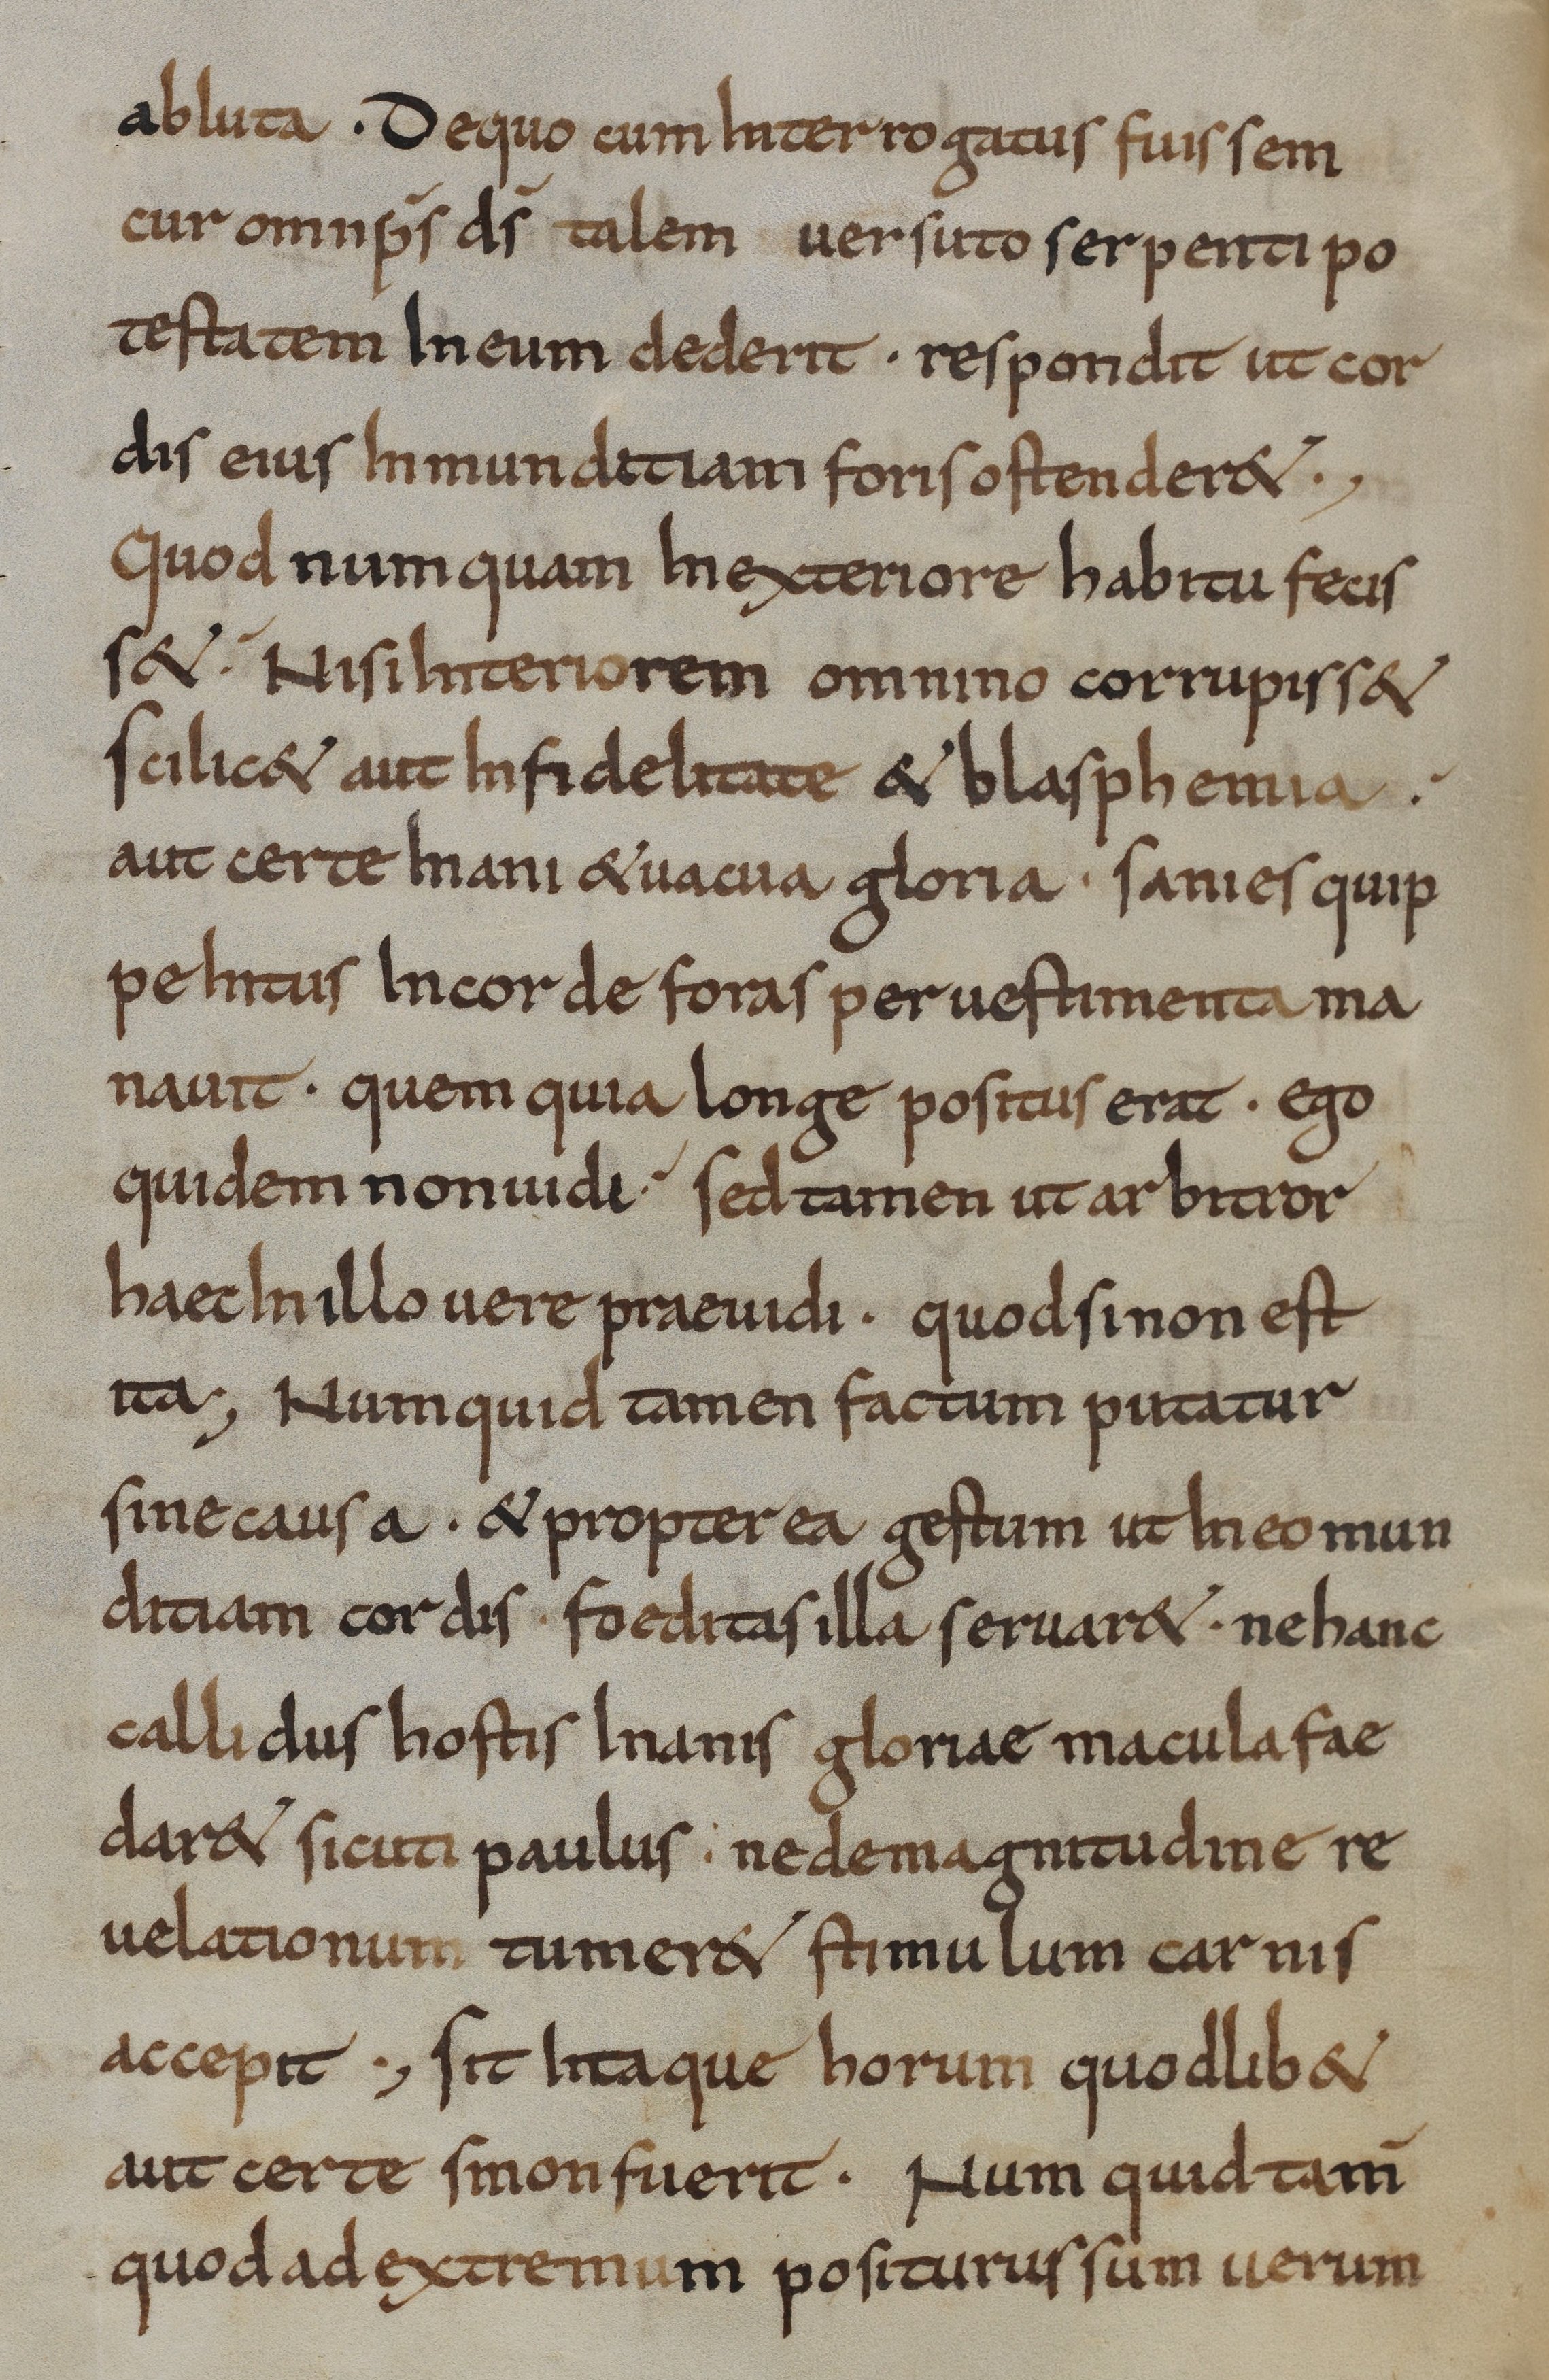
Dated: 800–824